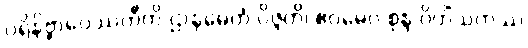
ပရိနိဗ္ဗာပေဿတီတိ ဌာနမေတံ ဝိဇ္ဇတိ၊ ဧဝမေဝ စုန္ဒ ဝိဟိံသကဿ